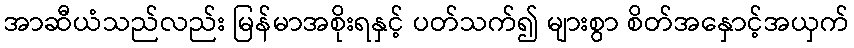
အာဆီယံသည်လည်း မြန်မာအစိုးရနှင့် ပတ်သက်၍ များစွာ စိတ်အနှောင့်အယှက်